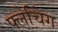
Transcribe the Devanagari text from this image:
फ्लेचिंग